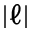
| \ell |